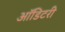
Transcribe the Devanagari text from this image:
ऑडिटरी